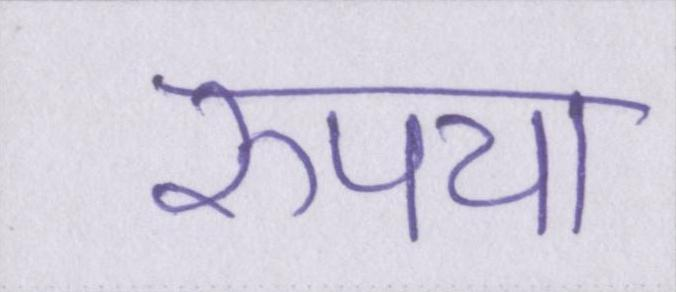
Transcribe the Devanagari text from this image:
रुपया